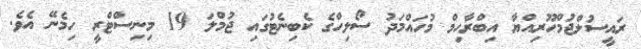
ރައީސުލްޖުމްހޫރިއްޔާ އިބްރާހިމް މުހައްމަދު ސޯލިހްގެ ކެބިިނެޓުގައި ޖުމްލަ 19 މިނިސްޓްރީ ހިމެނޭޭ އެވެ.